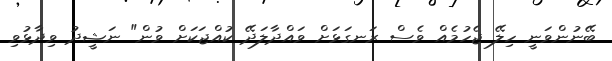
ބޭނުންވަނީ ހިލޭ ޖެހުމެއް ވެސް ރަނގަޅަށް ވައްދާލަދޭ ކުއްޖަކަށް ވުން" ނަޝީދު ވިދާޅުވި